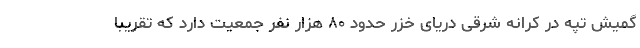
گمیش تپه در کرانه شرقی دریای خزر حدود ۸۰ هزار نفر جمعیت دارد که تقریبا